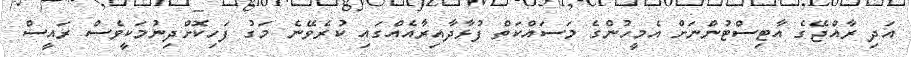
އަދި ރާއްޖޭގެ އާޓިސްޓުންނަށް އެމީހުންގެ މަސައްކަތް ފުޅާދާއިރާއެއްގައި ކުރެވޭނެ މަގު ފަހިކޮށްދިނުމަކީވެސް ރައީސް